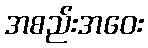
အစည်းအဝေး